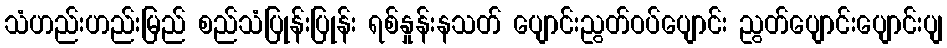
သံဟည်းဟည်းမြည် စည်သံပြုန်းပြုန်း ရစ်နှုန်းနသတ် ပျောင်းညွတ်ဝပ်ပျောင်း ညွတ်ပျောင်းပျောင်းပျ